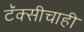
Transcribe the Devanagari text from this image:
टॅक्सीचाही